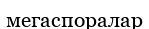
мегаспоралар